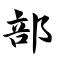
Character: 部